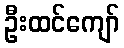
ဦးထင်ကျော်